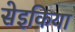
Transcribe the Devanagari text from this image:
सेइकिया